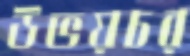
উভয়চর